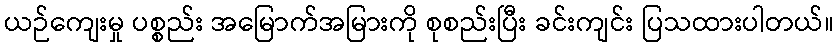
ယဉ်ကျေးမှု ပစ္စည်း အမြောက်အမြားကို စုစည်းပြီး ခင်းကျင်း ပြသထားပါတယ်။